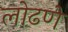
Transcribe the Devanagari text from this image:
लोढणे